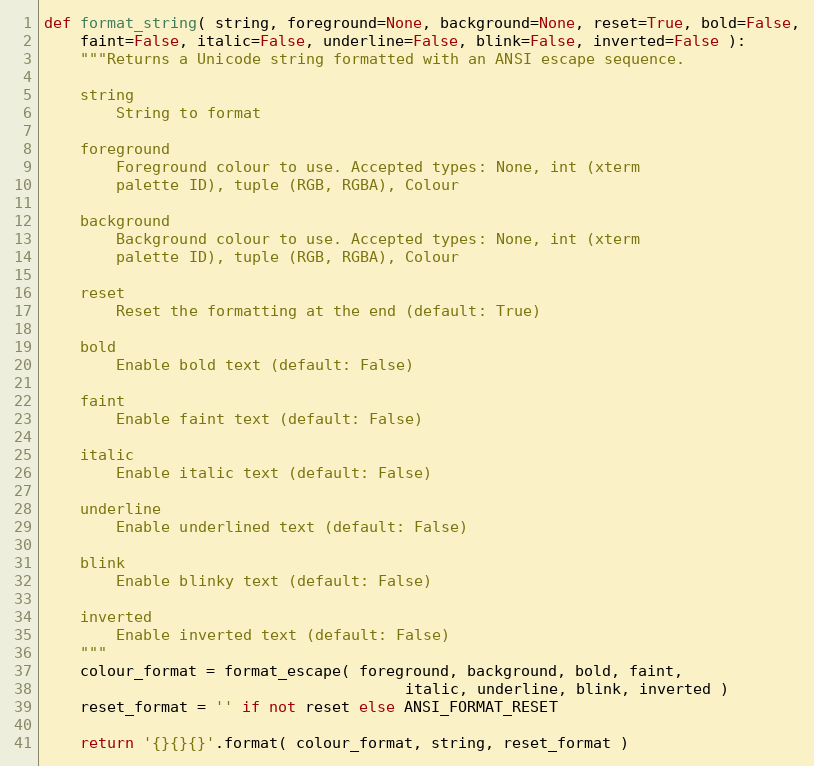
Language: Python
def format_string( string, foreground=None, background=None, reset=True, bold=False,
    faint=False, italic=False, underline=False, blink=False, inverted=False ):
    """Returns a Unicode string formatted with an ANSI escape sequence.

    string
        String to format

    foreground
        Foreground colour to use. Accepted types: None, int (xterm
        palette ID), tuple (RGB, RGBA), Colour

    background
        Background colour to use. Accepted types: None, int (xterm
        palette ID), tuple (RGB, RGBA), Colour

    reset
        Reset the formatting at the end (default: True)

    bold
        Enable bold text (default: False)

    faint
        Enable faint text (default: False)

    italic
        Enable italic text (default: False)

    underline
        Enable underlined text (default: False)

    blink
        Enable blinky text (default: False)

    inverted
        Enable inverted text (default: False)
    """
    colour_format = format_escape( foreground, background, bold, faint,
                                        italic, underline, blink, inverted )
    reset_format = '' if not reset else ANSI_FORMAT_RESET

    return '{}{}{}'.format( colour_format, string, reset_format )